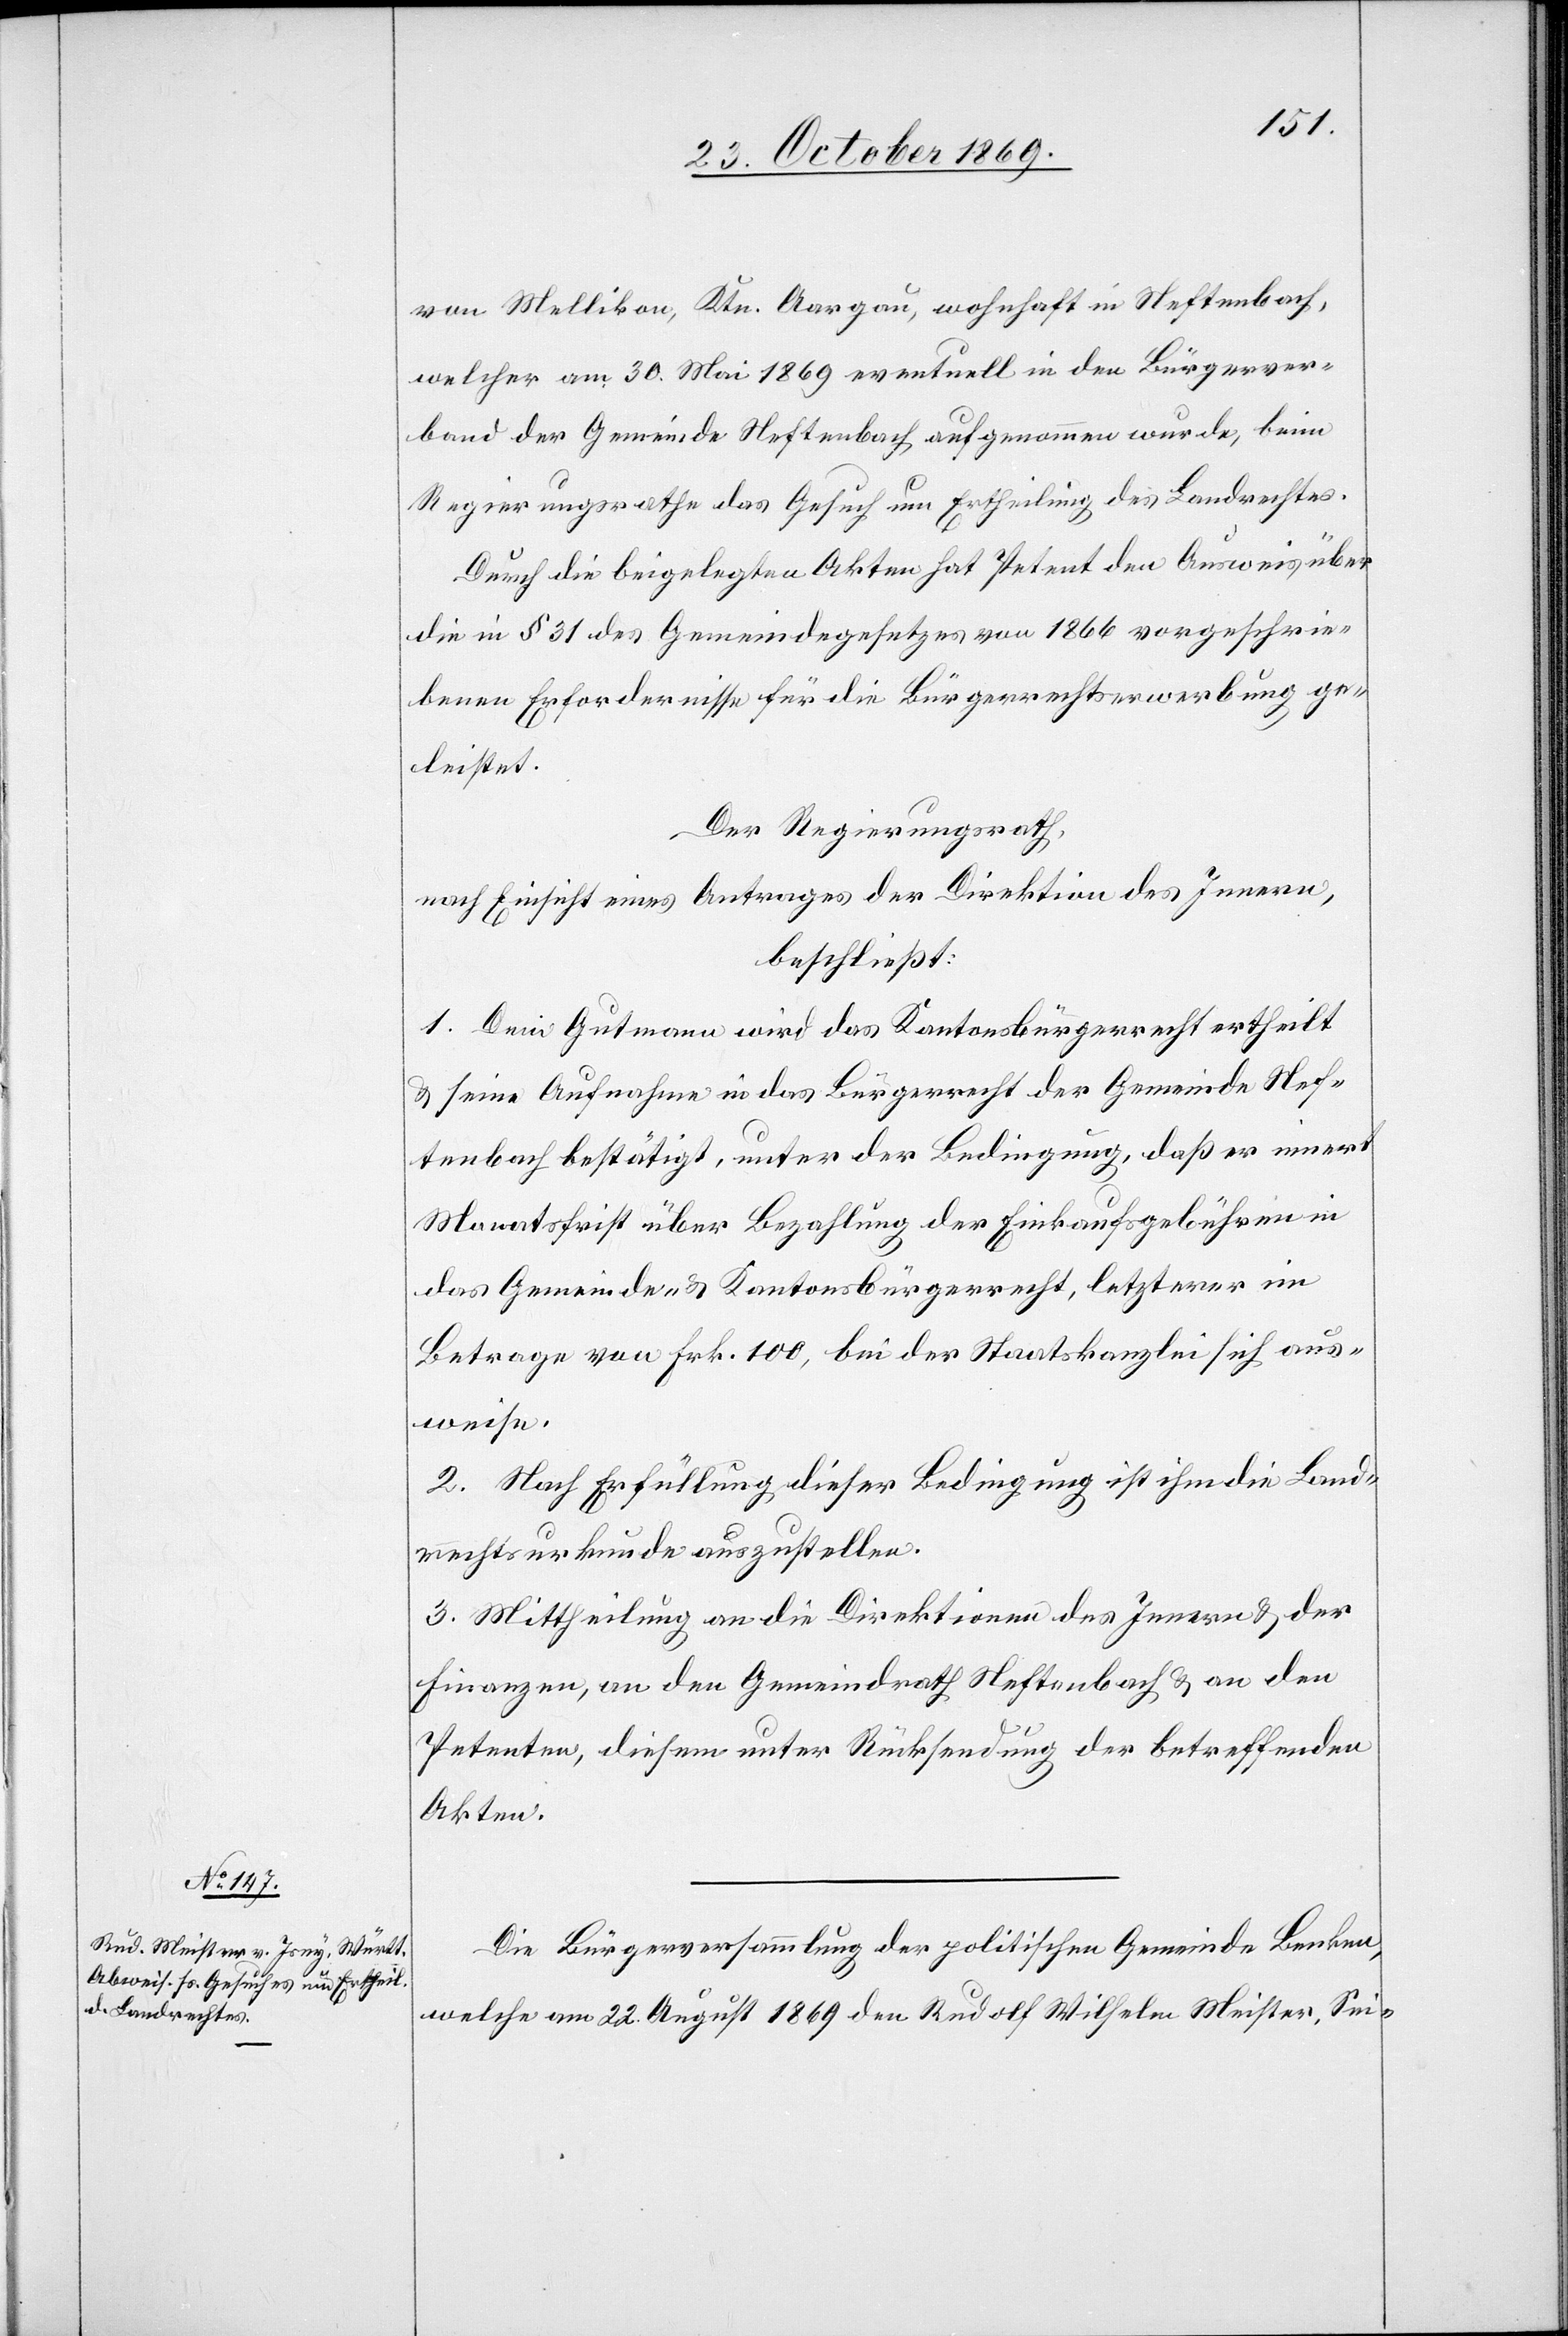
von Mellikon, Ktn. Aargau, wohnhaft in Neftenbach,
welcher am 30. Mai 1869 eventuell in den Bürgerver¬
band der Gemeinde Neftenbach aufgenommen wurde, beim
Regierungsrathe das Gesuch um Ertheilung des Landrechtes.
Durch die beigelegten Akten hat Petent den Ausweis über
die in § 31 des Gemeindegesetzes von 1866 vorgeschrie¬
benen Erfordernisse für die Bürgerrechtserwerbung ge¬
leistet.
Der Regierungsrath,
nach Einsicht eines Antrages der Direktion des Innern,
beschließt:
1. Dem Gutmann wird das Kantonsbürgerrecht ertheilt
& seine Aufnahme in das Bürgerrecht der Gemeinde Nef¬
tenbach bestätigt, unter der Bedingung, daß er innert
Monatsfrist über Bezahlung der Einkaufsgebühren in
das Gemeinde- & Kantonsbürgerrecht, letzterer im
Betrage von Frk. 100, bei der Staatskanzlei sich aus¬
weise.
2. Nach Erfüllung dieser Bedingung ist ihm die Land¬
rechtsurkunde auszustellen.
3. Mittheilung an die Direktionen des Innern & der
Finanzen, an den Gemeindrath Neftenbach & an den
Petenten, diesem unter Rücksendung der betreffenden
Akten.
Die Bürgerversammlung der politischen Gemeinde Benken,
welche am 22. August 1869 den Rudolf Wilhelm Meister, Sei-